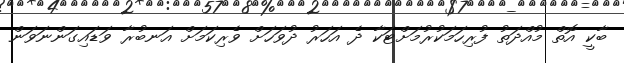
ބާކީ އޮތް މުއްދަތު ފުރިހަމަކުރުމަށްޓަކާ ދެ އަހަރު ދުވަހަށް ވެރިކަމަށް އަނބުރާ ވަޑައިގަންނަވަން